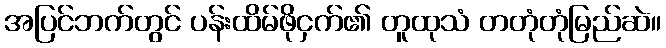
အပြင်ဘက်တွင် ပန်းထိမ်ဖိုငှက်၏ တူထုသံ တတုံတုံမြည်ဆဲ။